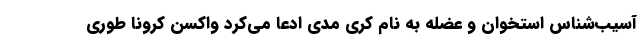
آسیب‌شناس استخوان و عضله به نام کری مدی ادعا می‌کرد واکسن کرونا طوری